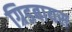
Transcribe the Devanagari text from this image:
ग्रिडबायस